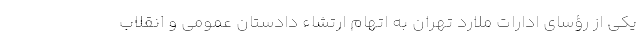
یکی از رؤسای ادارات ملارد تهران به اتهام ارتشاء دادستان عمومی و انقلاب